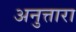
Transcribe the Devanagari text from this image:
अनुत्तारा